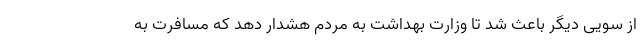
از سویی دیگر باعث شد تا وزارت بهداشت به مردم هشدار دهد که مسافرت به